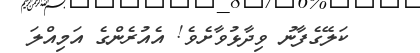
ކަލޭގެފާނު ވިދާޅުވާށެވެ! އެއުރެންގެ އަމިއްލަ